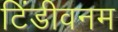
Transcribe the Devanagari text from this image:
टिंडीवनम